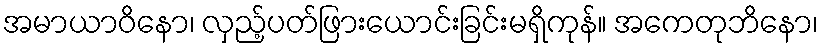
အမာယာဝိနော၊ လှည့်ပတ်ဖြားယောင်းခြင်းမရှိကုန်။ အကေတုဘိနော၊